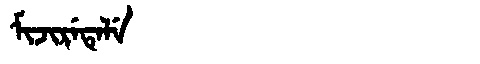
Manchu: ᠮᡳᠵᡳᡵᡝᡨᡝᠯᡝ
Romanization: MIJIRETELE